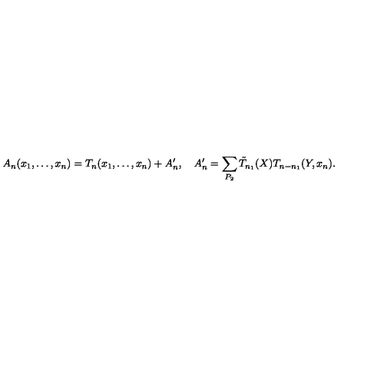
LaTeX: A _ { n } ( x _ { 1 } , \ldots , x _ { n } ) = T _ { n } ( x _ { 1 } , \ldots , x _ { n } ) + A _ { n } ^ { \prime } , \quad A _ { n } ^ { \prime } = \sum _ { P _ { 2 } } \tilde { T } _ { n _ { 1 } } ( X ) T _ { n - n _ { 1 } } ( Y , x _ { n } ) .